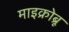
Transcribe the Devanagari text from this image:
माइक्रोब्रू